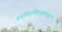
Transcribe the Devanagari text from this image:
रूपचित्तविप्रयुक्तधर्म